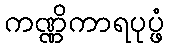
ကဏ္ဏိကာရပုပ္ဖံ